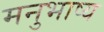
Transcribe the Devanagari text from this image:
मनुभाष्य